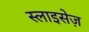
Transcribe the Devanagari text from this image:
स्लाइसेज़